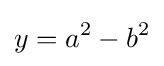
y=a^{2}-b^{2}